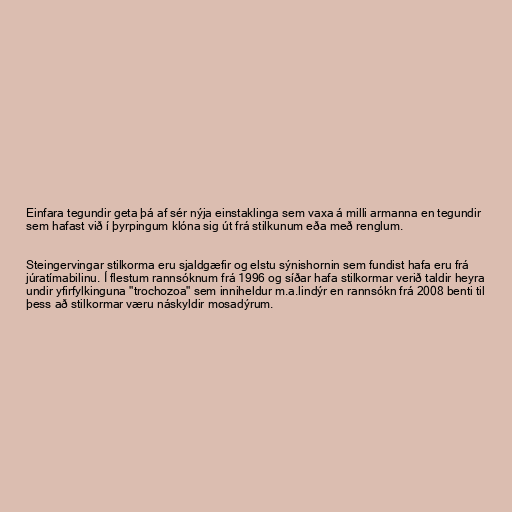
Einfara tegundir geta þá af sér nýja einstaklinga sem vaxa á milli armanna en tegundir
sem hafast við í þyrpingum klóna sig út frá stilkunum eða með renglum.

Steingervingar stilkorma eru sjaldgæfir og elstu sýnishornin sem fundist hafa eru frá
júratímabilinu. Í flestum rannsóknum frá 1996 og síðar hafa stilkormar verið taldir heyra
undir yfirfylkinguna "trochozoa" sem inniheldur m.a.lindýr en rannsókn frá 2008 benti til
þess að stilkormar væru náskyldir mosadýrum.